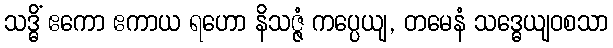
သဒ္ဓိံ ဧကော ဧကာယ ရဟော နိသဇ္ဇံ ကပ္ပေယျ, တမေနံ သဒ္ဓေယျဝစသာ